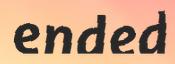
ended